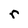
Character: r